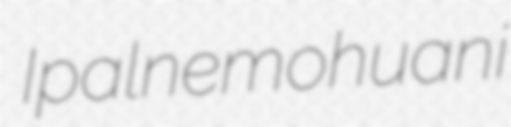
Ipalnemohuani